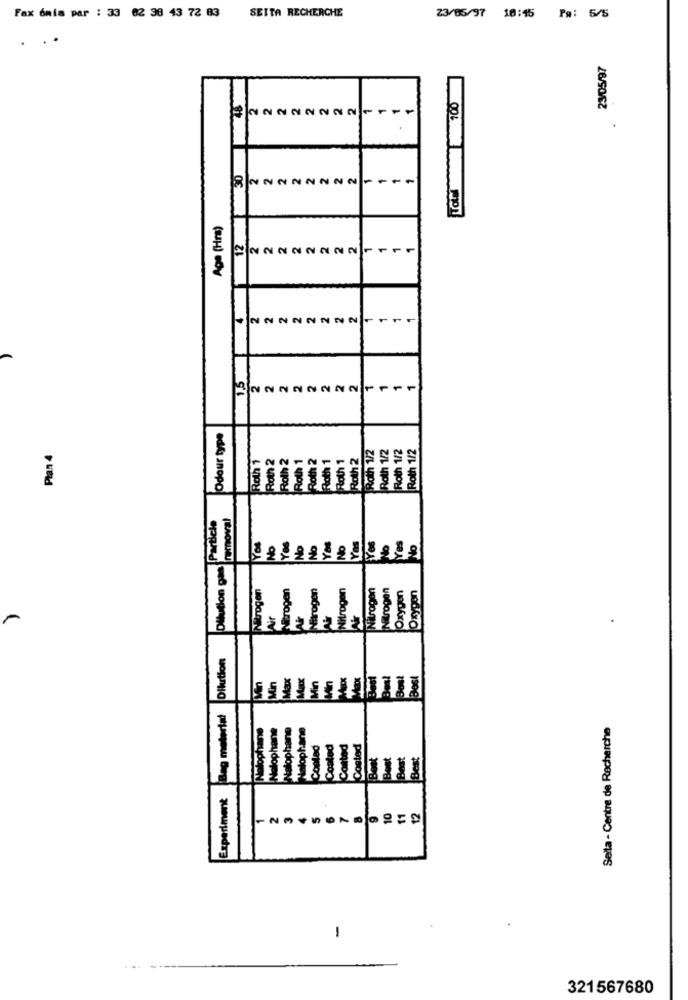
Fax onis par : 33 62 38 43 72 83
SEITA RECHERCHE
23/05/97 18:45 Pm: 5/5
..
23/05/97
TOw 100
48
1
30
2
2
2
1
-
Age (Hra)
12
2
2
2
122222
-
NNNNNN
15
Odour type
Roth 1/2
Roth 1/2
Roth 1/2
Roth 1/2
Plan 4
Roth 1
Roth 2
Roth 2
Roth 1
Roth 2
Roth 1
Floth 1
Roth 2
Particle
removal
Yos
No
No
Dilution gas
Nitrogen
Strogen
Bitrogen
Nitrogen
trogen
en
Drypon
Dilution
Max
Min
Bag material
Nalophane
alophane
Seita - Centre de Recherche
lalopha
telophan
Coated
Posted
ted
Experiment
-23456789259
-
321567680